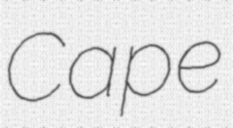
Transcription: Cape